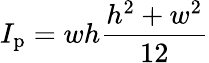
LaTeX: I_{\mathrm{p}}=wh\frac{h^{2}+w^{2}}{12}